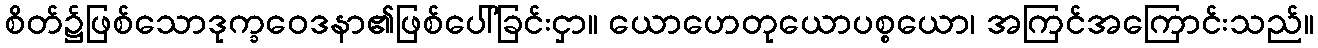
စိတ်၌ဖြစ်သောဒုက္ခဝေဒနာ၏ဖြစ်ပေါ်ခြင်းငှာ။ ယောဟေတုယောပစ္စယော၊ အကြင်အကြောင်းသည်။